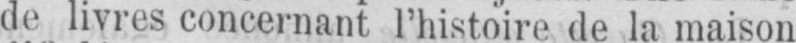
de livres concernant l’histoire de la maison